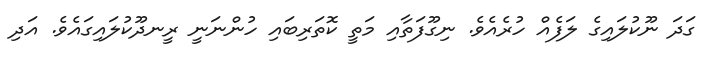
ގަދަ ނޫކުލައިގެ ލަފެއް ހުރެއެވެ. ނިގޫފަތާއި މަތީ ކޮތަރިބައި ހުންނަނީ ރީނދޫކުލައިގައެވެ. އަދި